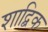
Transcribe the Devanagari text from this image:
शाद्बिक